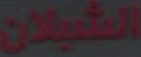
الشيلان